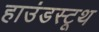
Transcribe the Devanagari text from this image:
हाउंडस्टूथ